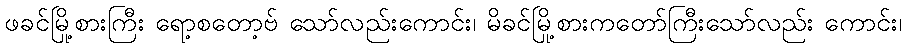
ဖခင်မြို့စားကြီး ရော့စတော့ဗ် သော်လည်းကောင်း၊ မိခင်မြို့စားကတော်ကြီးသော်လည်း ကောင်း၊